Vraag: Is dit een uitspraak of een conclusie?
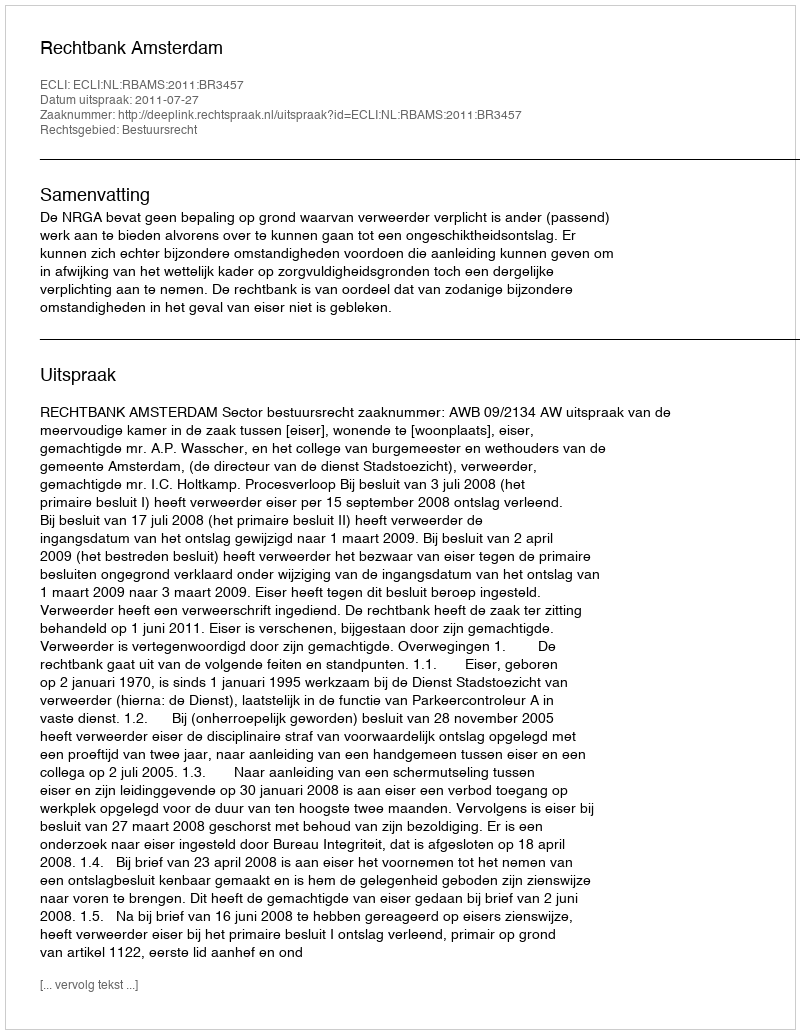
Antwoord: Uitspraak